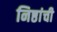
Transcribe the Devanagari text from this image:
निष्ठांची